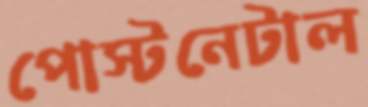
পোস্টনেটাল